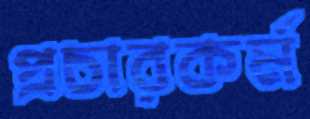
প্রচারকর্ম